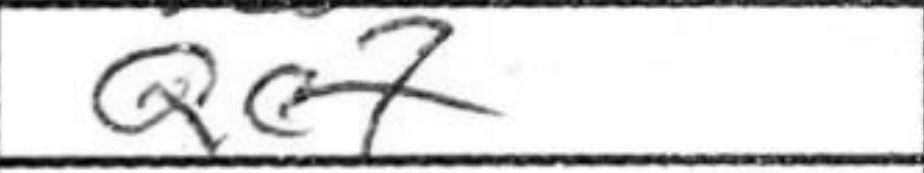
Transcription: Qe7